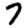
Digit: 7